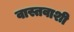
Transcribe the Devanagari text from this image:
वास्तवाशी